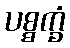
ပစ္စက္ခံ